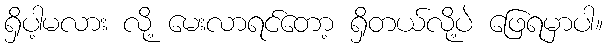
ရှိပါ့မလား လို့ မေးလာရင်တော့ ရှိတယ်လို့ပဲ ဖြေရမှာပါ။